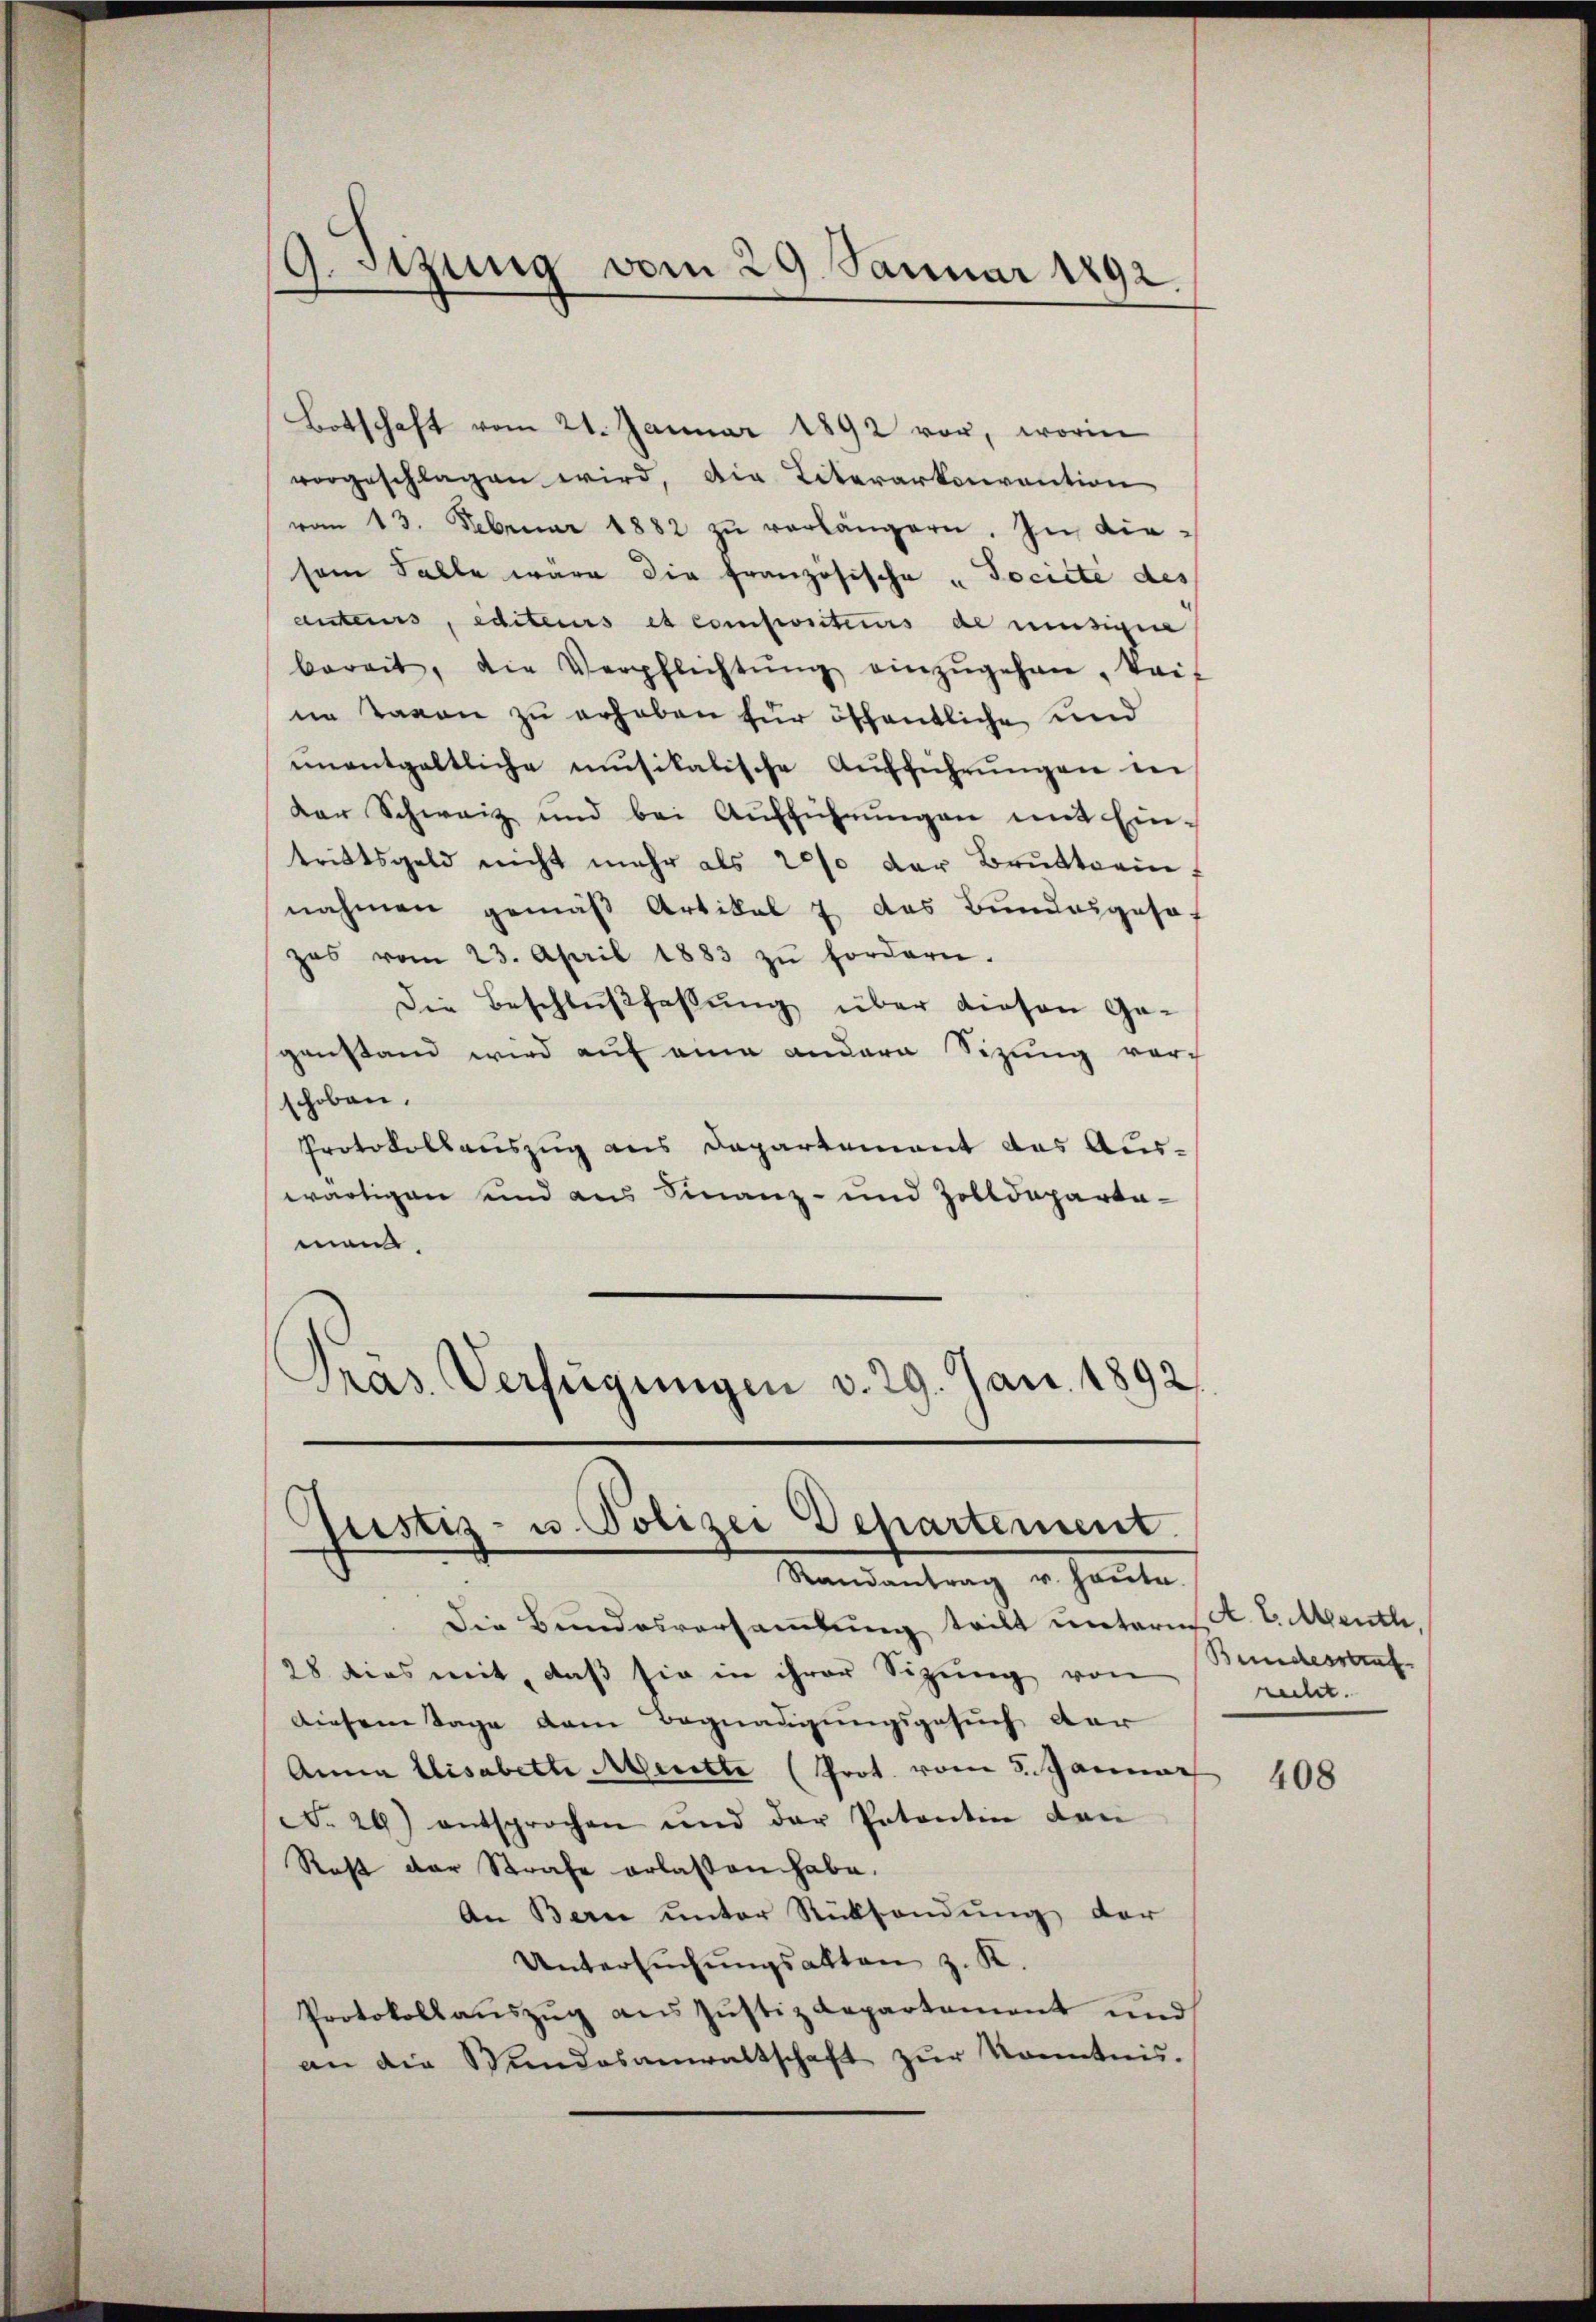
G.Stzung vom 29. Januar 1892.

Botschaft vom 21. Januar 1892 vor, worin
vorgeschlagen wird, die Literarkonvention
vom 13. Februar 1882 zŭ verlängern. In diesem Falle wäre die französische „Jociete des
antens, editeurs et componteurs de miesigen
bereit, die Verpflichtŭng einzŭgehen, kaif
ne Tagen zu erhaben für öffentliche und
ŭnentgeltliche musikalische Aŭfführŭngen der
der Schweiz und bei Aufführungen mit Ein-
trittsgeld nicht mehr als 20% der Brŭttsein,
nahmen gemäß Artikal & das Bundesgesa
zes vom 23. April 1883 zŭ fordern.
Die Beschlußfassung über diesen Gegenstand wird auf eine andern Sizung vorh
schoben.
Protokollauszug aus Departement das Auswärtigen und aus Finanz- und Zolldeparta-
man,
Präs. Verfügungen v. 29. Jan. 1892

Justiz- u. Polizei Departement.
Randantrag u. heute.

Die Bundesversammlung teilt unterm A. E. Menth
28 dies mit, daß sie in ihrer Sitzung von Bundesauf
Diesem Tage dem Begnadigungsgesuch der
Anna Elisabette Meritte (Prot. vom 3. Januar
No. 29) entsprochen und der Petentin den
Rast der Strafe erlassen habe.
An Berne unter Rücksendung der
Untersŭchŭngsalten z. K.
Protokollauszug aus Justizdepartement und
an die Stundesanwaltschaft zŭr Kenntnis.

recht.

408